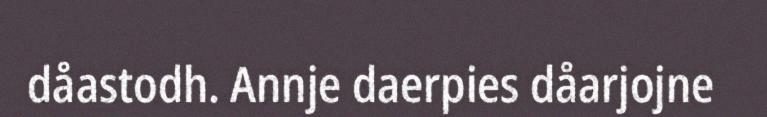
dåastodh. Annje daerpies dåarjojne